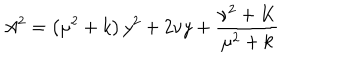
LaTeX: A ^ { 2 } = \left( \mu ^ { 2 } + k \right) y ^ { 2 } + 2 \nu y + \frac { \nu ^ { 2 } + K } { \mu ^ { 2 } + k }